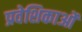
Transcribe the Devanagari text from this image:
प्रवेशिकाओं